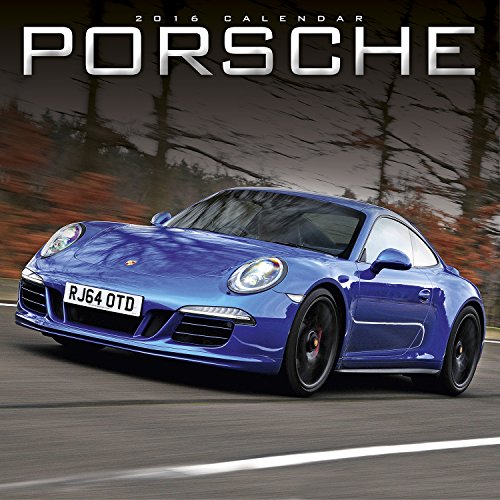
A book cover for Porsche Calendar- 2015 Wall calendars - Car Calendar - Automobile Calendar - Monthly Wall Calendar by Avonside; MegaCalendars; Calendars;